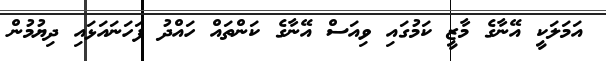
އަމަލަކީ އޭނާގެ މާޒީ ކަމުގައި ވިއަސް އޭނާގެ ކަންތައް ހައްދު ފަހަނައަޅައި ދިޔުމުން